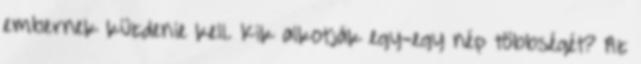
embernek küzdenie kell. Kik alkotják egy-egy nép többségét? Az